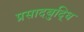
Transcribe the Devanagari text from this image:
प्रसादबुद्धि